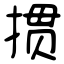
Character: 掼